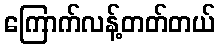
ကြောက်လန့်တတ်တယ်